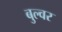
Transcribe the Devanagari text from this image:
बुल्वर